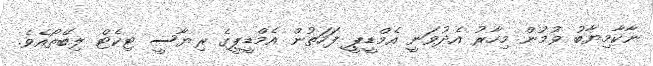
ނާކާމިޔާބު ވުމުން މިހާރު އެދުވަނީ އެމްޑީޕީ ފަހަތުން އެމްޑީޕީގެ ރިޔާސީ ޓިކެޓް ލިބޭތޯއެވެ.